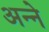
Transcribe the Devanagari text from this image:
अन्‍ने